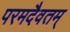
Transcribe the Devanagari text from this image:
परमदैवतम्